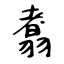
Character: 翥